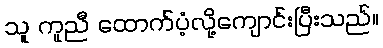
သူ ကူညီ ထောက်ပံ့လို့ကျောင်းပြီးသည်။